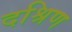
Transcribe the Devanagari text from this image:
दश्रिण